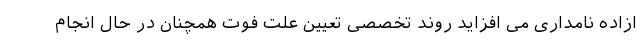
ازاده نامداری می افزاید روند تخصصی تعیین علت فوت همچنان در حال انجام